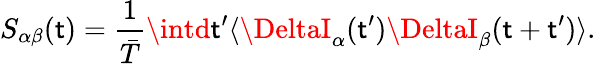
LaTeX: {S_{\alpha\beta}(\mathsf{t})=\frac{{1}}{{\bar{{T}}}}\intd\mathsf{t}^{\prime}\langle\DeltaI_{\alpha}(\mathsf{t}^{\prime})\DeltaI_{\beta}(\mathsf{t}+\mathsf{t}^{\prime})\rangle}.